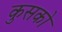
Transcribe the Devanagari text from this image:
कुसको